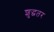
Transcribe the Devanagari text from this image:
शुद्धतर